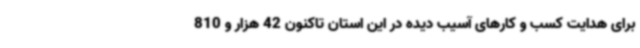
برای هدایت کسب و کارهای آسیب دیده در این استان تاکنون 42 هزار و 810